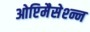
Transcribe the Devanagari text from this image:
ओप्टिमैसेश्न्न